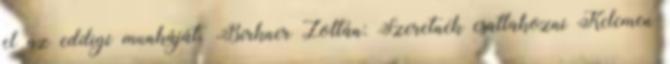
el az eddigi munkáját. Birkner Zoltán: Szeretnék csatlakozni Kelemen